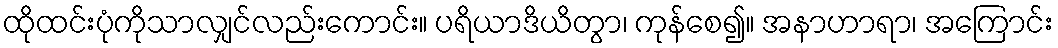
ထိုထင်းပုံကိုသာလျှင်လည်းကောင်း။ ပရိယာဒိယိတွာ၊ ကုန်စေ၍။ အနာဟာရာ၊ အကြောင်း